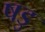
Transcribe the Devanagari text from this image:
षडु